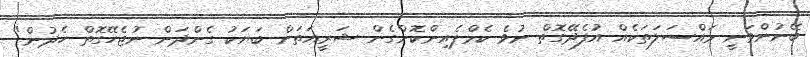
ބޭނުންވަނީ މައްސަލަތަކެއް އުފެދޭގޮތް ނުވެ ކެމްޕެއިންކޮށްގެން ޝަރީއަަތަށް ބަޔަކު ގެންދަން ނުޖެހޭގޮތް ހެދުން"